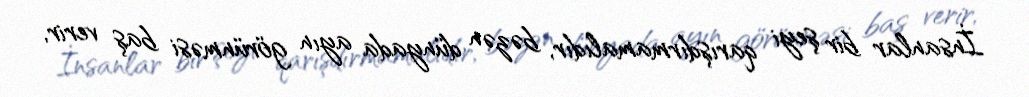
İnsanlar bir şeyi qarışdırmamalıdır, bəzən dünyada ayın görünməsi baş verir,